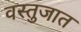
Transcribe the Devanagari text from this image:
वस्तुजात